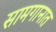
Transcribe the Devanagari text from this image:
सामगानात